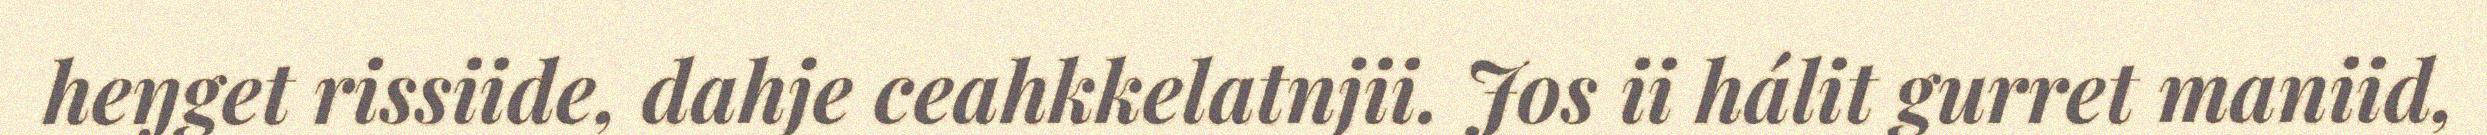
heŋget rissiide, dahje ceahkkelatnjii. Jos ii hálit gurret maniid,